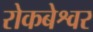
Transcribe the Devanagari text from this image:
रोकबेश्वर